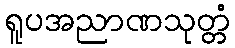
ရူပအညာဏသုတ္တံ